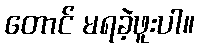
တောင် မရခဲ့ဖူးပါ။